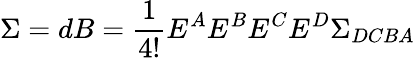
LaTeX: \Sigma=dB=\frac{1}{4!}E^{A}E^{B}E^{C}E^{D}\Sigma_{DCBA}